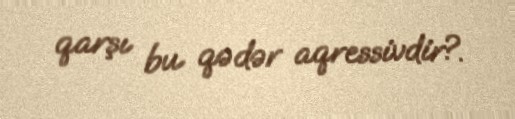
qarşı bu qədər aqressivdir?.